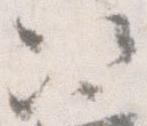
次